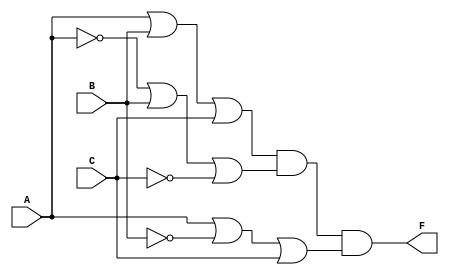
module pos_simplification (
    input wire A,
    input wire B,
    input wire C,
    output wire F
);

// Define the sum terms using OR gates
wire sum1, sum2, sum3;

// First sum term: (A + B + C)
assign sum1 = A | B | C;      // OR gate for A, B, C

// Second sum term: (A' + B + C')
assign sum2 = ~A | B | ~C;    // OR gate for NOT A, B, NOT C

// Third sum term: (A + B' + C)
assign sum3 = A | ~B | C;     // OR gate for A, NOT B, C

// Combine the sum terms using AND gate to form the final output
assign F = sum1 & sum2 & sum3; // AND gate for sum1, sum2, sum3

endmodule